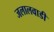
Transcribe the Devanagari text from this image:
जलालवाडी